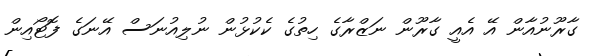
ގާރޫނުއާން އޭ އެއީ ގާރޫން ނަޒްރާގެ ހިތުގެ ކެކުޅުން ނުލިއުނަސް އޭނަގެ ފޮޓޯއިން